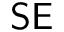
\mathsf { S E }